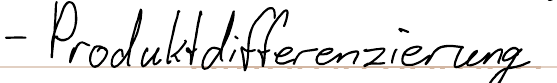
- Produktdifferenzierung